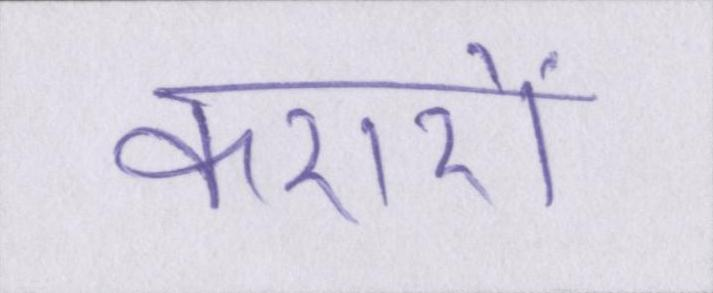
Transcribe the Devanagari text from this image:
करारों